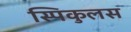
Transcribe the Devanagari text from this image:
स्पिकुलस